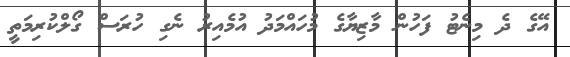
އޭގެ ދެ މިނެޓު ފަހުން މާޒިޔާގެ މުހައްމަދު އުމެއިރު ނެގި ހުރަސް ގޯލްކުރިމަތީ